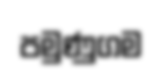
පමුණුගම